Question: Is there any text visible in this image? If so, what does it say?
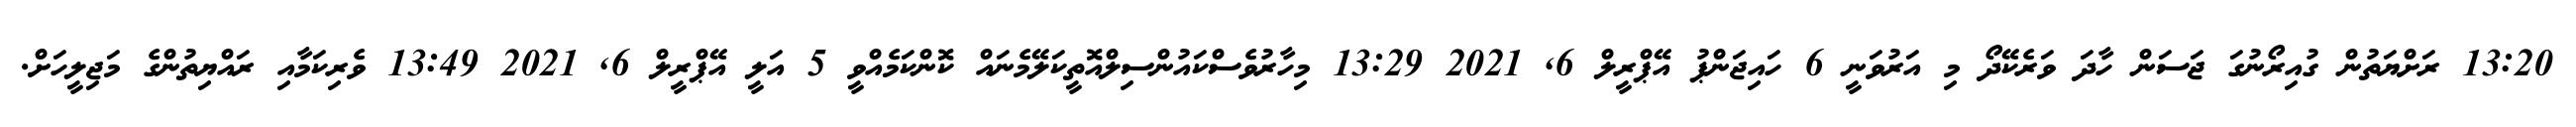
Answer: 13:20 ރަށްޔަތުން ގުއިރޯނުގަ ޖަސަން ހާދަ ވަރެކޭދޯ މި އަރުވަނީ 6 ހައިޖަންޕު އޭޕްރީލް 6, 2021 13:29 މިހާރުވެސްކައުންސިލްއޮތީކަލޭމެނައް ކޮންކަމެއްވީ 5 އަލީ އޭޕްރީލް 6, 2021 13:49 ވެރިކަމާއި ރައްޔިތުންގެ މަޖިލީހަށް.